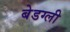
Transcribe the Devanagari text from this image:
बेडग्ली